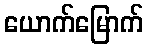
ယောက်မြောက်